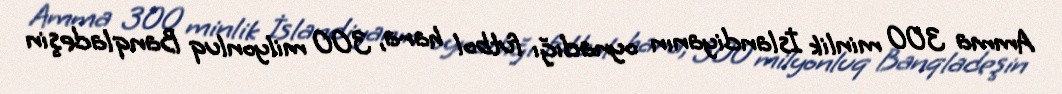
Amma 300 minlik İslandiyanın oynadığı futbol hara, 300 milyonluq Banqladeşin